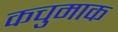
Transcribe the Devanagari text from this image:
कचुमाक